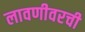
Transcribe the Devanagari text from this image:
लावणीवरची